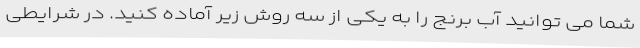
شما می توانید آب برنج را به یکی از سه روش زیر آماده کنید. در شرایطی